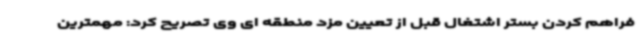
فراهم کردن بستر اشتغال قبل از تعیین مزد منطقه ای وی تصریح کرد: مهمترین